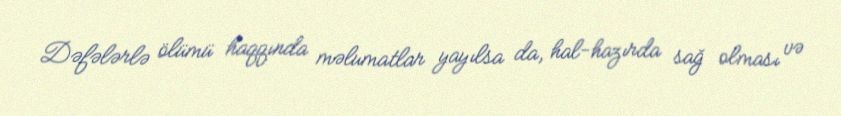
Dəfələrlə ölümü haqqında məlumatlar yayılsa da, hal-hazırda sağ olması və